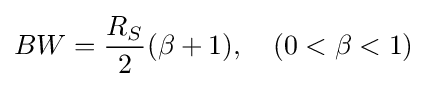
BW={\frac {R_{S}}{2}}(\beta +1),\quad (0<\beta <1)